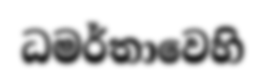
ධමර්තාවෙහි